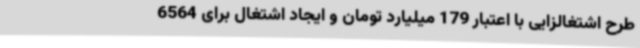
طرح اشتغالزایی با اعتبار 179 میلیارد تومان و ایجاد اشتغال برای 6564